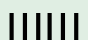
ШШ